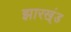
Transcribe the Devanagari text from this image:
झारख्ंड